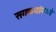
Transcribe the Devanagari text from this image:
सगळ्यांमध्ये